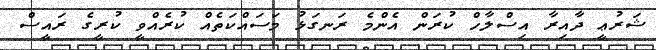
ޝަރުޢީ ދާއިރާ އިސްލާހް ކުރަން އެންމެ ރަނގަޅު މަސައްކަތެއް ކުރެއްވީ ކުރީގެ ރައީސް